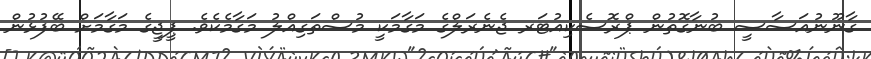
ގާނޫނުއަސާސީ ބުނާގޮތުން ޕްރޮސެކިއުޓަރ ޖެނެރަލްގެ މަގާމަކީ މުސްތަގިއްލު މަގާމެކެވެ. ޕީޖީގެ މަގާމަށް ބޭފުޅުން